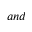
a n d